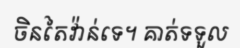
ចិនតៃវ៉ាន់ទេ។ គាត់ទទួល